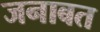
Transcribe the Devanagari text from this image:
जनाबत